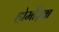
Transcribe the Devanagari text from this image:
होर्मोज़ग्न